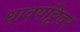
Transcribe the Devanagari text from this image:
धावपट्टिवर